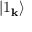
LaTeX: \left| 1 _ { \mathbf { k } } \right\rangle